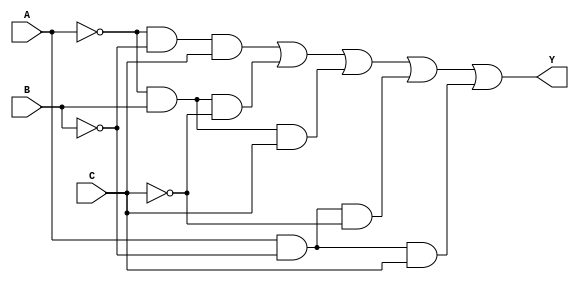
module three_variable_kmap (
    input wire A,      // Input variable A
    input wire B,      // Input variable B
    input wire C,      // Input variable C
    output wire Y      // Output variable Y
);

// Define the K-map output based on the input combinations
// Y is high for minterms Y1, Y3, and Y5, which corresponds to
// the groups we want based on the example provided.
assign Y = ( (~A & ~B & C) |  // Y1 (001)
             (~A & B & ~C) |  // Y2 (010)
             (~A & B & C) |   // Y3 (011)
             (A & ~B & ~C) |  // Y4 (100)
             (A & ~B & C)     // Y5 (101)
           );

endmodule